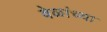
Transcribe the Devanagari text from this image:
वेळांच्या